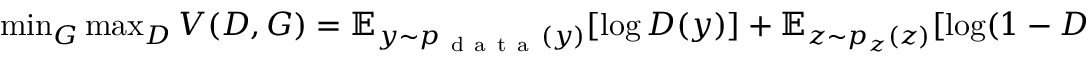
\begin{array} { r } { \operatorname* { m i n } _ { G } \operatorname* { m a x } _ { D } V ( D , G ) = \mathbb { E } _ { y \sim p _ { \mathrm { ~ d ~ a ~ t ~ a ~ } } ( y ) } [ \log D ( y ) ] + \mathbb { E } _ { z \sim p _ { z } ( z ) } [ \log ( 1 - D ( G ( z ) ) ) ] . } \end{array}